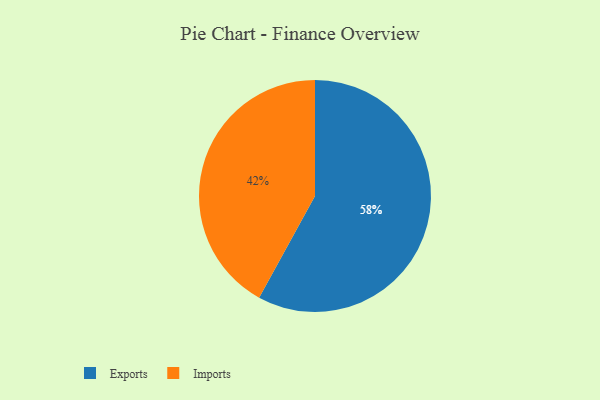
{"axis": {"x": "Category", "y": "Percentage"}, "legend": ["Exports", "Imports"], "data": [{"x": "Exports", "y": 58, "type": "Exports"}, {"x": "Imports", "y": 42, "type": "Imports"}]}